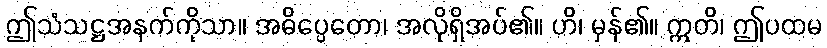
ဤသံသဋ္ဌအနက်ကိုသာ။ အဓိပ္ပေတော၊ အလိုရှိအပ်၏။ ဟိ၊ မှန်၏။ ဣတိ၊ ဤပထမ